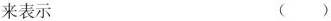
来表示 ()